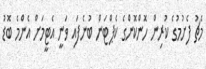
މެޗު ފެށުމުގެ ކުރިން ހޮންކޮންގެ ކެޕްޓަން ބުނެފައި ވަނީ އެޓީމަށް އެންމެ ބޮޑު